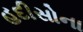
હદીસોના